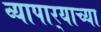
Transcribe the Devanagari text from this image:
व्यापार्‍याच्या